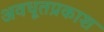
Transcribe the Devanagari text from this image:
अवधूतप्रकाश